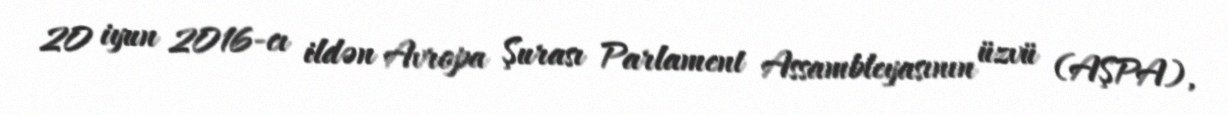
20 iyun 2016-cı ildən Avropa Şurası Parlament Assambleyasının üzvü (AŞPA),